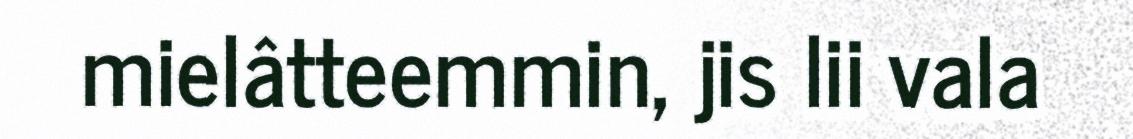
mielâtteemmin, jis lii vala